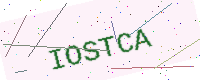
Text: IOSTCA